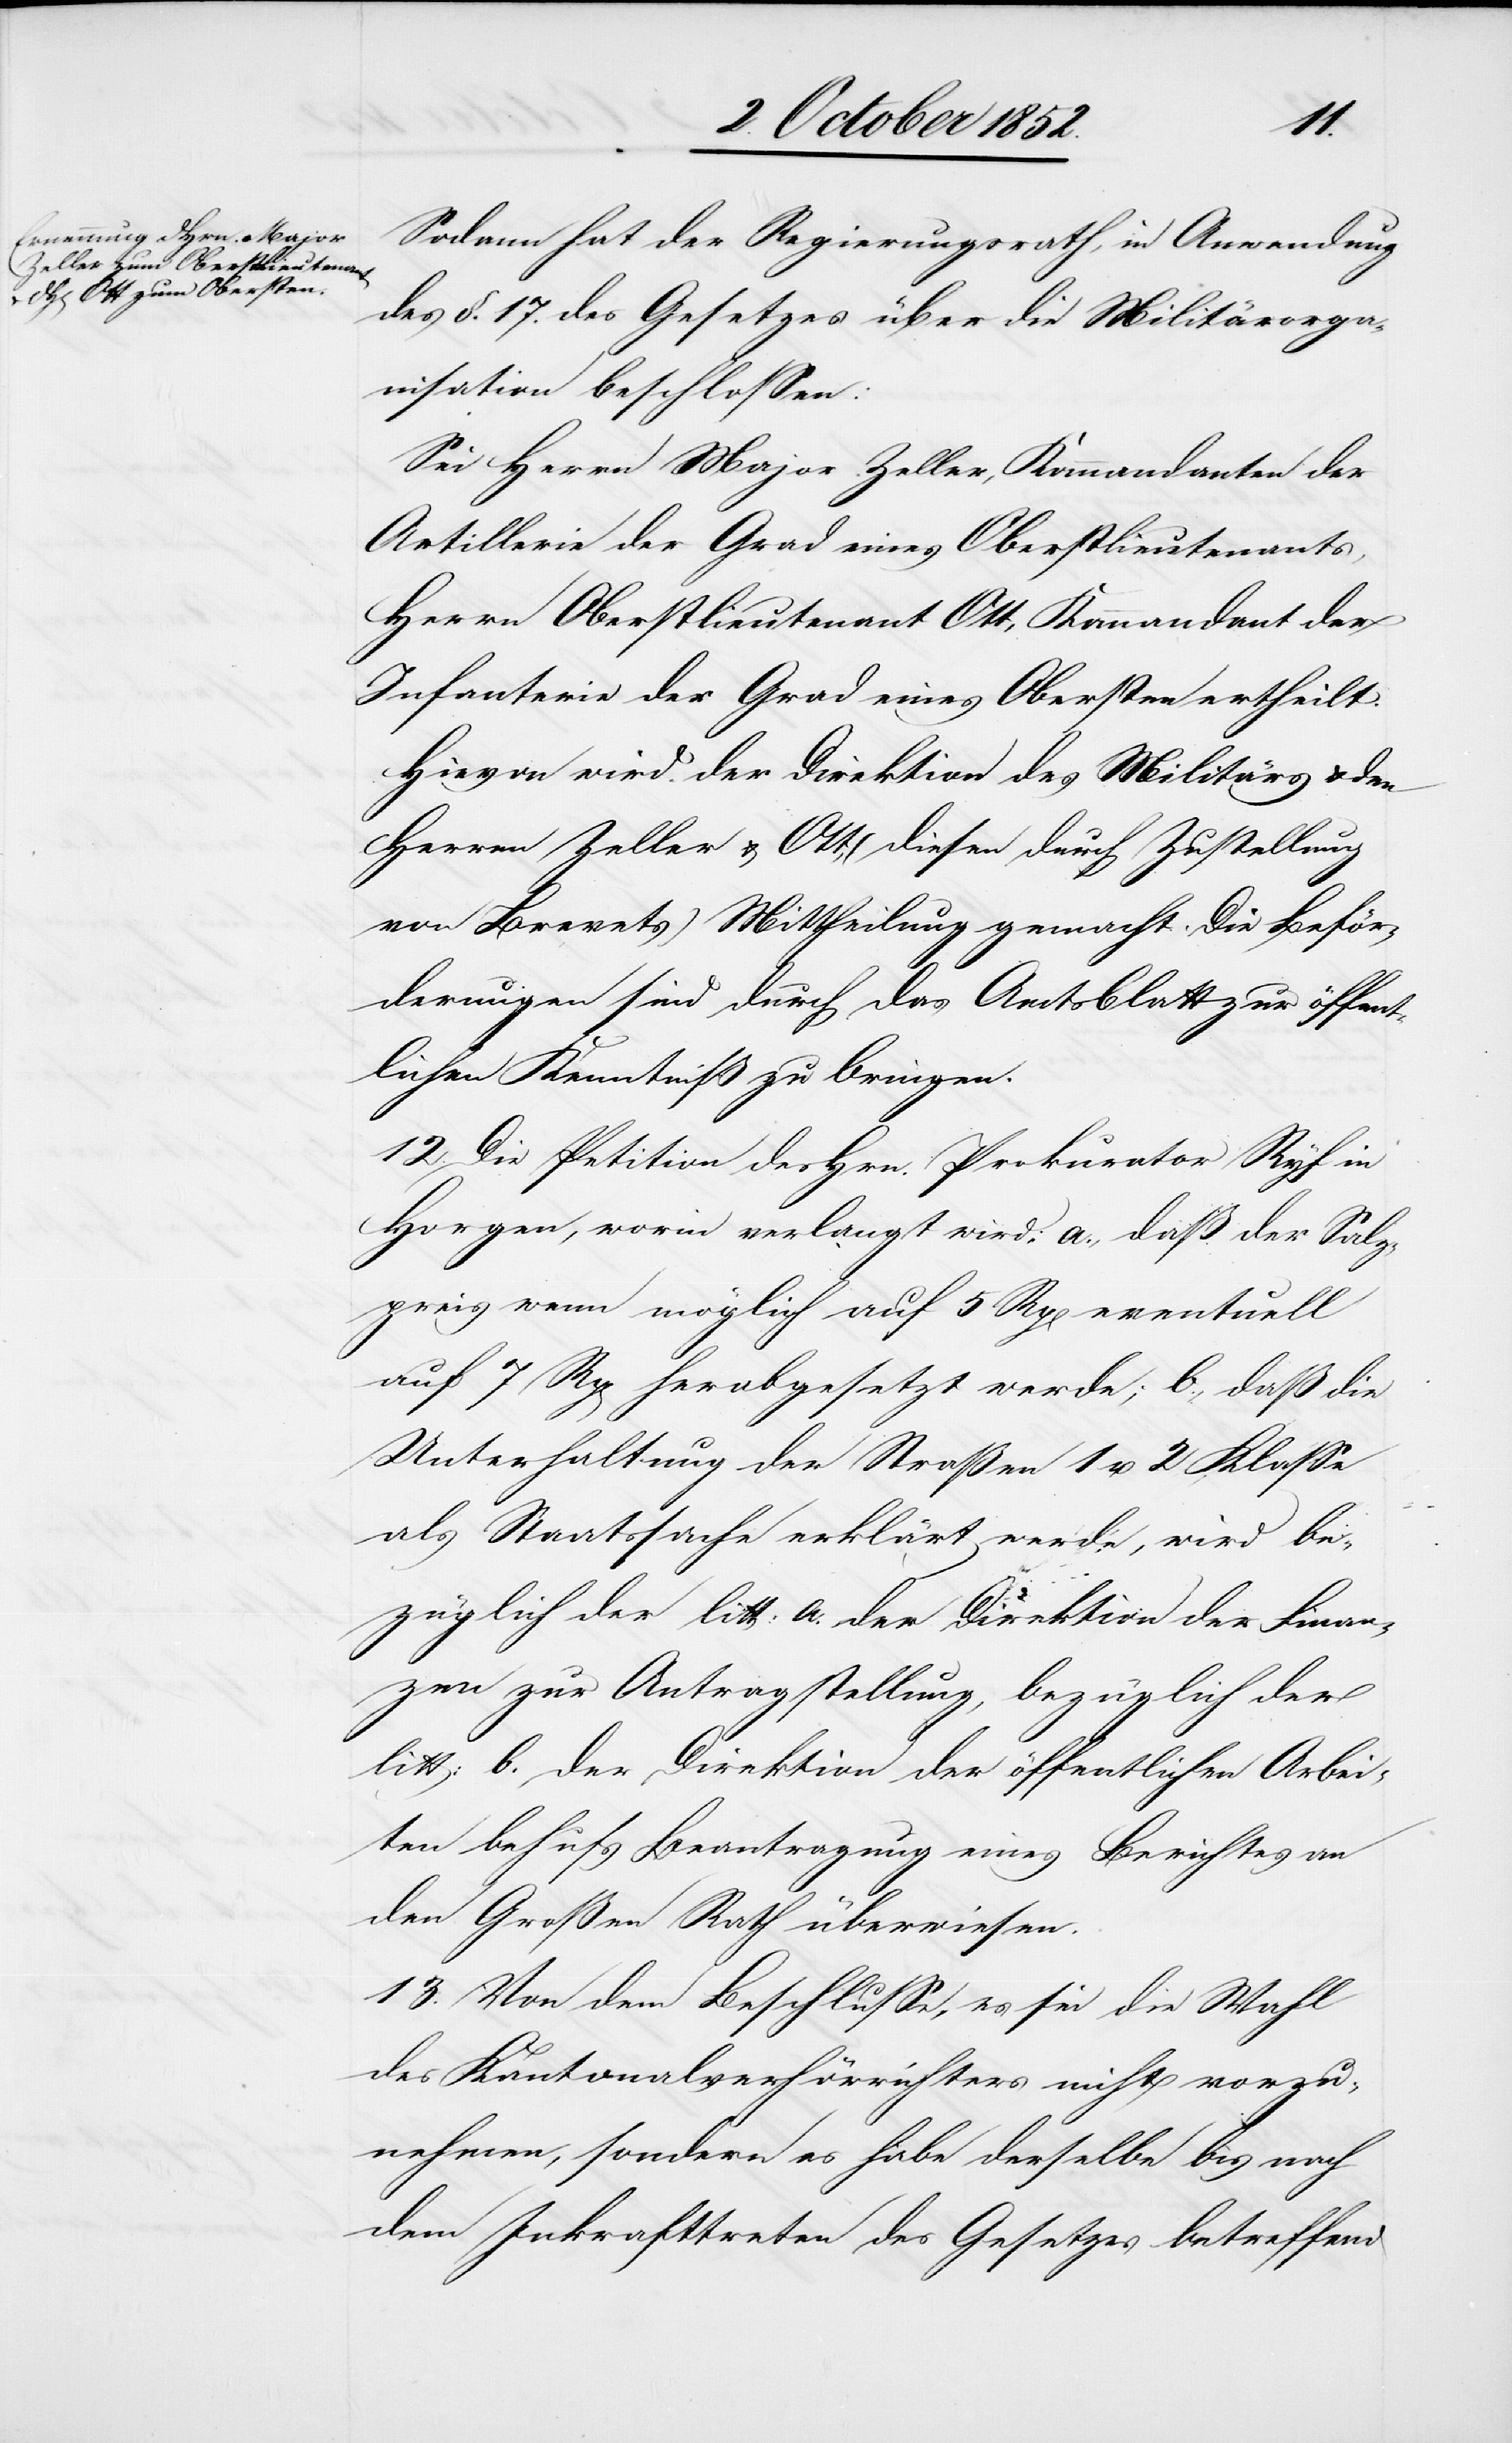
Sodann hat der Regierungsrath, in Anwendung
des §. 17. des Gesetzes über die Militärorga¬
nisation beschlossen:
Sei Herrn Major Zeller, Kommandanten der
Artillerie der Grad eines Oberstlieutenants,
Herrn Oberstlieutenant Ott, Kommandant der
Infanterie der Grad eines Obersten ertheilt.
Hievon wird der Direktion des Militärs & den
Herren Zeller & Ott, (diesen durch Zustellung
von Brevets) Mittheilung gemacht. Die Beför¬
derungen sind durch das Amtsblatt zur öffent¬
lichen Kenntniß zu bringen.
12. Die Petition des Hrn. Prokurator Ryf in
Horgen, worin verlangt wird: a., daß der Salz¬
preis wenn möglich auf 5 Rp[en] eventuell
auf 7 Rp[en] herabgesetzt werde; b., daß die
Unterhaltung der Straßen 1 u. 2 Klasse
als Staatssache erklärt werde, wird be¬
züglich der litt: a. der Direktion der Finan¬
zen zur Antragstellung, bezüglich der
litt: b. der Direktion der öffentlichen Arbei¬
ten behufs Beantragung eines Berichtes an
den Großen Rath überwiesen.
13. Von dem Beschlusse, es sei die Wahl
des Kantonalverhörrichters nicht vorzu¬
nehmen, sondern es habe derselbe bis nach
dem Inkrafttreten des Gesetzes betreffend